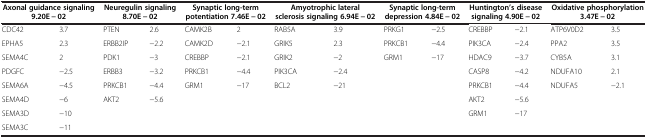
<table><thead><tr><td colspan="2"><b>Axonal guidance signaling 9.20E - 02</b></td><td colspan="2"><b>Neuregulin signaling 8.70E - 02</b></td><td colspan="2"><b>Synaptic long-term potentiation 7.46E - 02</b></td><td colspan="2"><b>Amyotrophic lateral sclerosis signaling 6.94E - 02</b></td><td colspan="2"><b>Synaptic long-term depression 4.84E - 02</b></td><td colspan="2"><b>Huntington’s disease signaling 4.90E - 02</b></td><td colspan="2"><b>Oxidative phosphorylation 3.47E - 02</b></td></tr></thead><tbody><tr><td>CDC42</td><td>3.7</td><td>PTEN</td><td>2.6</td><td>CAMK2B</td><td>2</td><td>RAB5A</td><td>3.9</td><td>PRKG1</td><td>-2.5</td><td>CREBBP</td><td>-2.1</td><td>ATP6V0D2</td><td>3.5</td></tr><tr><td>EPHA5</td><td>2.3</td><td>ERBB2IP</td><td>-2.2</td><td>CAMK2D</td><td>-2.1</td><td>GRIK5</td><td>2.3</td><td>PRKCB1</td><td>-4.4</td><td>PIK3CA</td><td>-2.4</td><td>PPA2</td><td>3.5</td></tr><tr><td>SEMA4C</td><td>2</td><td>PDK1</td><td>-3</td><td>CREBBP</td><td>-2.1</td><td>GRIK2</td><td>-2</td><td>GRM1</td><td>-17</td><td>HDAC9</td><td>-3.7</td><td>CYB5A</td><td>3.1</td></tr><tr><td>PDGFC</td><td>-2.5</td><td>ERBB3</td><td>-3.2</td><td>PRKCB1</td><td>-4.4</td><td>PIK3CA</td><td>-2.4</td><td> </td><td> </td><td>CASP8</td><td>-4.2</td><td>NDUFA10</td><td>2.1</td></tr><tr><td>SEMA6A</td><td>-4.5</td><td>PRKCB1</td><td>-4.4</td><td>GRM1</td><td>-17</td><td>BCL2</td><td>-21</td><td> </td><td> </td><td>PRKCB1</td><td>-4.4</td><td>NDUFA5</td><td>-2.1</td></tr><tr><td>SEMA4D</td><td>-6</td><td>AKT2</td><td>-5.6</td><td> </td><td> </td><td> </td><td> </td><td> </td><td> </td><td>AKT2</td><td>-5.6</td><td> </td><td> </td></tr><tr><td>SEMA3D</td><td>-10</td><td> </td><td> </td><td> </td><td> </td><td> </td><td> </td><td> </td><td> </td><td>GRM1</td><td>-17</td><td> </td><td> </td></tr><tr><td>SEMA3C</td><td>-11</td><td> </td><td> </td><td> </td><td> </td><td> </td><td> </td><td> </td><td> </td><td> </td><td> </td><td> </td><td> </td></tr></tbody></table>